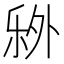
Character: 𬼏